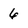
Character: 6